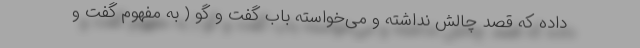
داده که قصد چالش نداشته و می‌خواسته باب گفت و گو ( به مفهوم گفت و